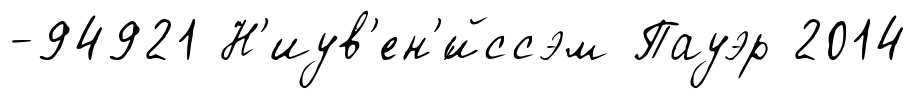
-94921 Н'иув'ен'́йссэм Пауэр 2014